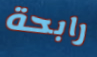
رابحة